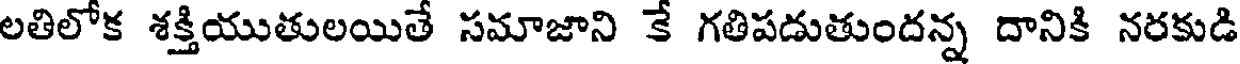
లతిలోక శక్తియుతులయితే సమాజాని కే గతిపడుతుందన్న దానికి నరకుడి